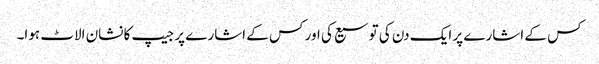
کس کے اشارے پر ایک دن کی توسیع کی اور کس کے اشارے پر جیپ کا نشان الاٹ ہوا۔